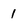
Character: 1